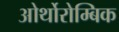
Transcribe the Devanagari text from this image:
ओर्थोरोम्बिक